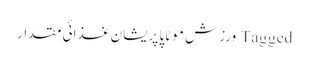
Tagged ورزش موٹاپا پریشان غذائی مقدار